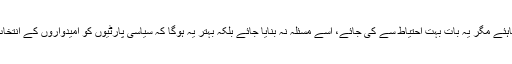
یقیناً مسلمانوں کو امیدواری ملنی چاہئے مگر یہ بات بہت احتیاط سے کی جائے، اسے مسئلہ نہ بنایا جائے بلکہ بہتر یہ ہوگا کہ سیاسی پارٹیوں کو امیدواروں کے انتخاب کی پوری چھوٹ دے دی جائے۔